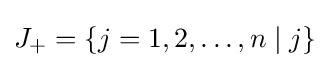
J_{+}=\{j=1,2,\ldots ,n\mid j\}